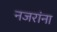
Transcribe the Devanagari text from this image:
नजरांना